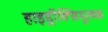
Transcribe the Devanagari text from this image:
हाइड्रॉक्सिमूलक